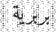
بربرية